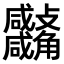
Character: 𧥚